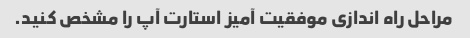
مراحل راه اندازی موفقیت آمیز استارت آپ را مشخص کنید.